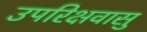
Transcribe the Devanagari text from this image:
उपरिक्षवासु